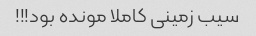
سیب زمینی کاملا مونده بود!!!